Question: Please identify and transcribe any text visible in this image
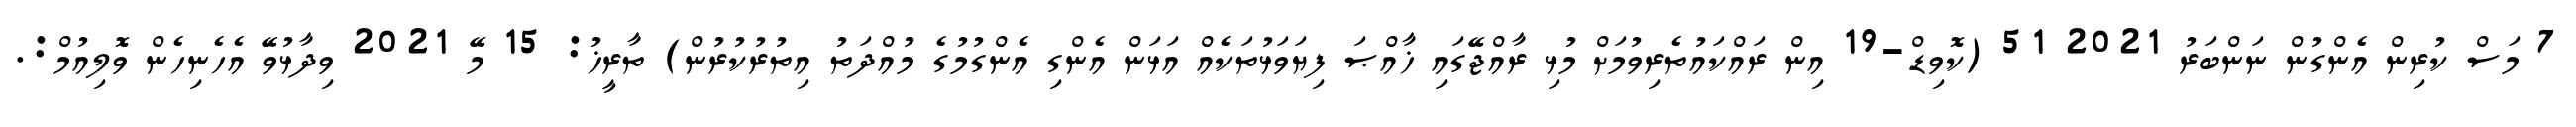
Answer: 7 މަސް ކުރިން އެންގުން ނަންބަރު 2021 51 (ކޮވިޑް-19 އިން ރައްކައުތެރިވުމަށް މުޅި ރާއްޖޭގައި ޚާއްޞަ ފިޔަވަޅުތަކެއް އަޅަން އެންގި އެންގުމުގެ މުއްދަތު އިތުރުކުރުން) ތާރީޚު: 15 މޭ 2021 ވިދާޅުވޭ އެހެނިހެން ވޮލިއުމް:.